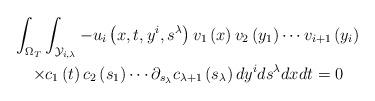
LaTeX: \begin{gather*}\int_{\Omega _{T}}\int_{\mathcal{Y}_{i,\lambda }}-u_{i}\left(x,t,y^{i},s^{\lambda }\right) v_{1}\left( x\right) v_{2}\left( y_{1}\right)\cdots v_{i+1}\left( y_{i}\right) \\\times c_{1}\left( t\right) c_{2}\left( s_{1}\right) \cdots \partial_{s_{\lambda }}c_{\lambda +1}\left( s_{\lambda }\right) dy^{i}ds^{\lambda}dxdt=0\end{gather*}